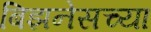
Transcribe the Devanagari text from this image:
बिझनेसच्या